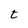
Character: t